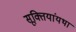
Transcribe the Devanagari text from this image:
सूक्तियांयथा